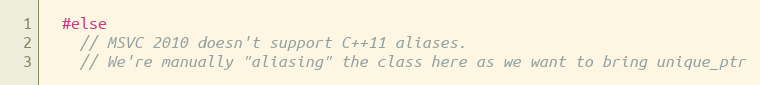
Language: C
  #else
    // MSVC 2010 doesn't support C++11 aliases.
    // We're manually "aliasing" the class here as we want to bring unique_ptr